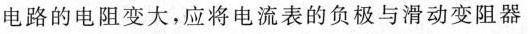
电路的电阻变大，应将电流表的负极与滑动变阻器